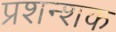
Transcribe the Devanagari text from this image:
प्रशन्शक